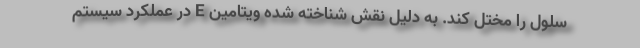
سلول را مختل کند. به دلیل نقش شناخته شده ویتامین E در عملکرد سیستم